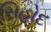
સિહોદ